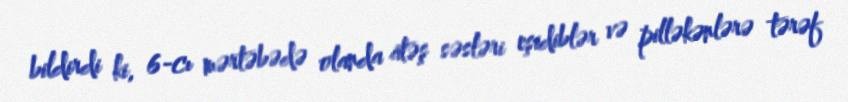
bildirdi ki, 6-cı mərtəbədə olanda atəş səsləri eşidiblər və pilləkənlərə tərəf